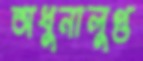
অধুনালুপ্ত